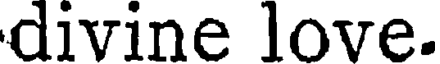
divine love.